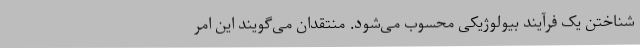
شناختن یک فرآیند بیولوژیکی محسوب می‌شود. منتقدان می‌گویند این امر